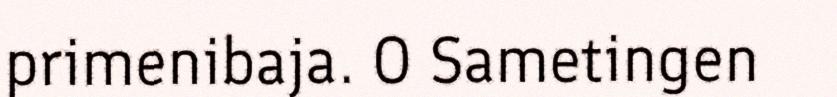
primenibaja. O Sametingen